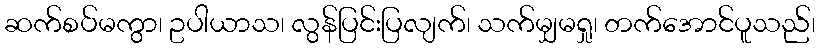
ဆက်စပ်မကွာ၊ ဥပါယာသ၊ လွန်ပြင်းပြလျက်၊ သက်မျှမရှု၊ တက်အောင်ပူသည်၊